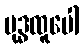
ဗုဒ္ဓထူပေါ